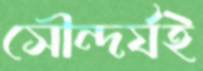
সৌন্দর্যই